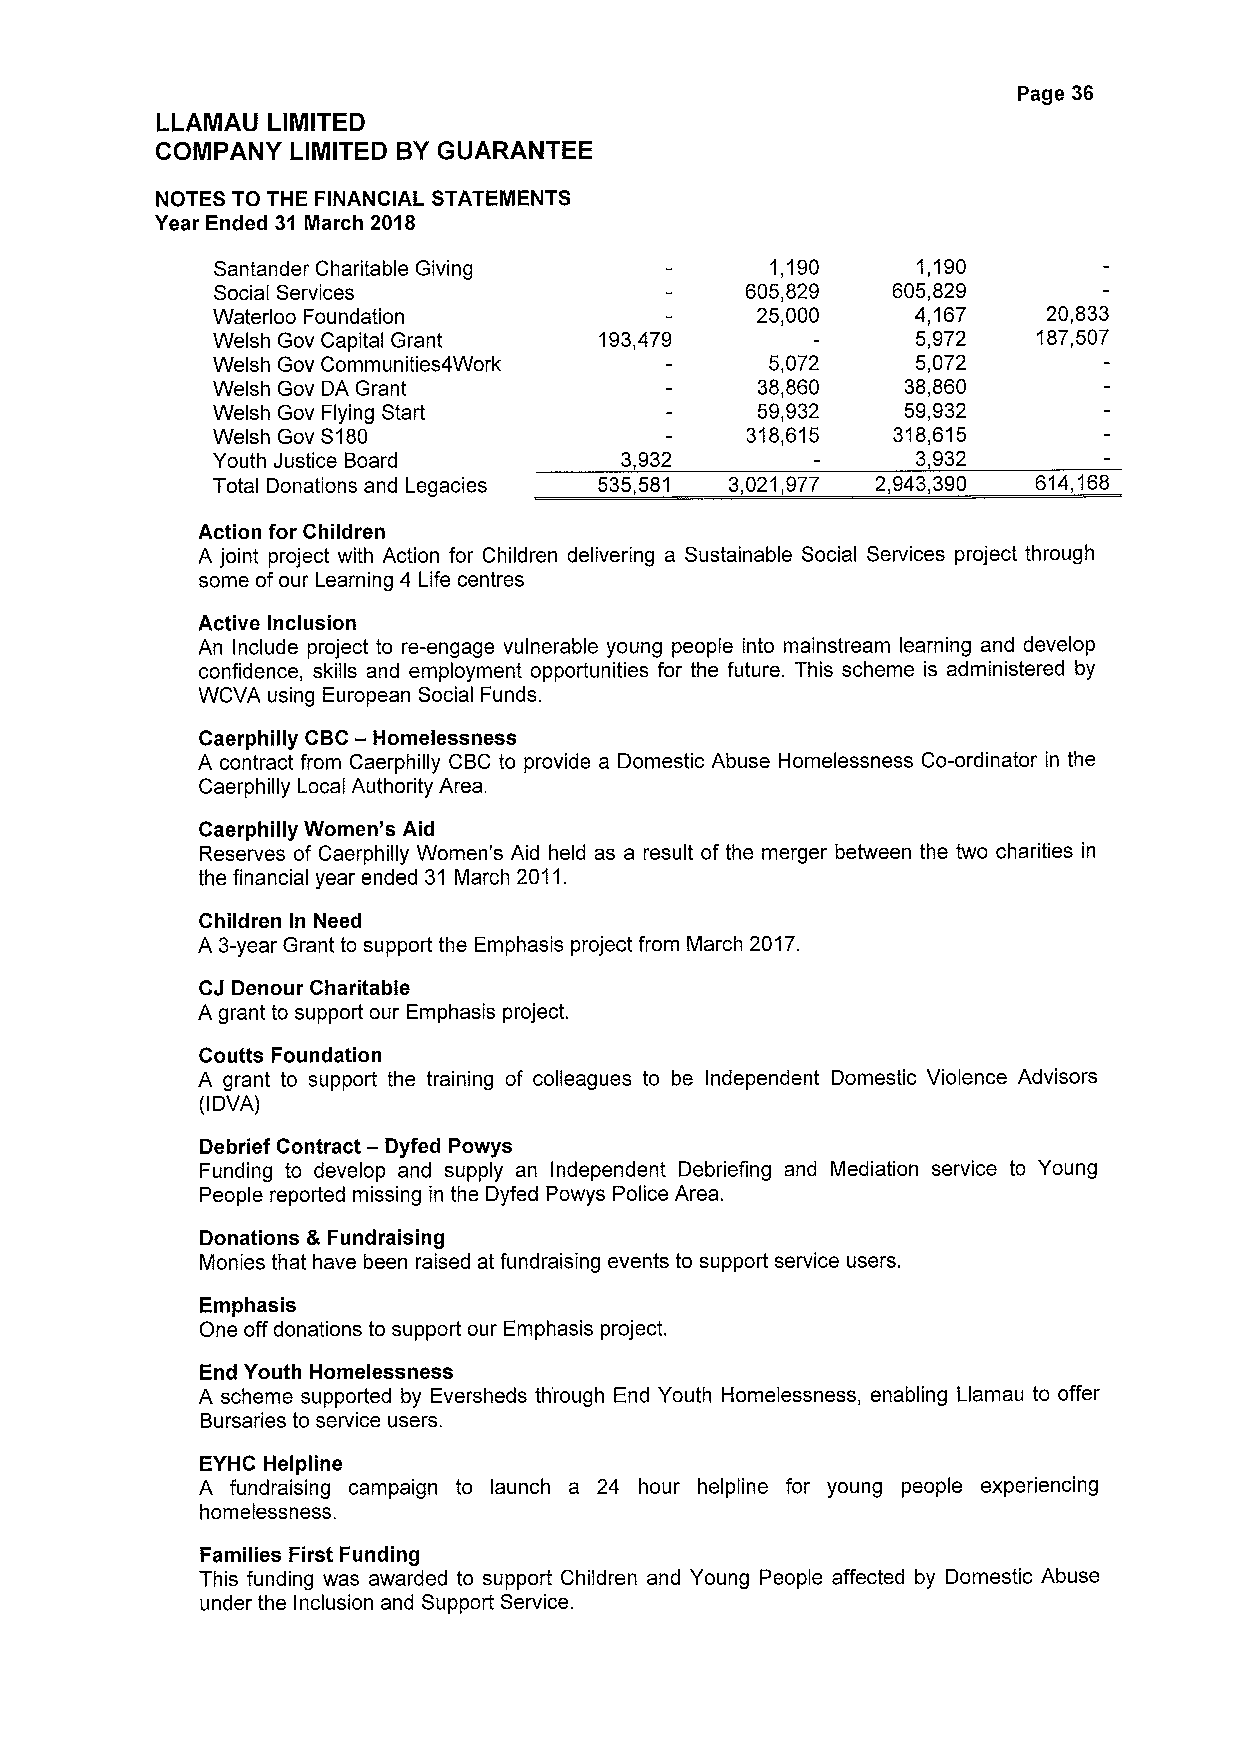
Page 36
 LLAMAU  LIMITED
 COMPANY  LIMITED BYGUARANTEE
 NOTES TO THE FINANCIAL STATEMENTS
 Year Ended 31 March 2018
 Santander Charitable Giving          1,190     1,190
 Social Services                    605,829   605,829
 Waterloo Foundation                 25,000     4,167   20,833
 Welsh Gov Capital Grant   193,479              5,972   187,507
 Welsh Gov Communities4Work           5,072     5,072
 Welsh Gov DA Grant                  38,860    38,860
 Welsh Gov Flying Start              59,932    59,932
 Welsh Gov S180                     318,615   318,615
 Youth Justice Board        3,932               3,932
 Total Donations and Legacies 535,581 3,021,977 2,943,390 614,168
 Action for Children
 A joint project with Action for Children delivering a Sustainable Social Services project through
 some ofour Learning 4 Life centres
 Active Inclusion
 An Include project to re-engage vulnerable young people into mainstream learning and develop
 confidence, skills and employment opportunities for the future. This scheme is administered by
 WCVA using European Social Funds.
 Caerphilly
 CBC—Homelessness
 A contract from Caerphilly CBC to provide a Domestic Abuse Homelessness Co-ordinator in the
 Caerphilly Local Authority Area.
 Caerphilly Women's Aid
 Reserves of Caerphilly Women's Aid held as a result of the merger between the two charities in
 the financial year ended 31 March 2011.
 Children In Need
 A 3-year Grant to support the Emphasis project from March 2017.
 CJ Denour Charitable
 A grant to support our Emphasis project.
 Coutts Foundation
 A grant to support the training of colleagues to be Independent Domestic Violence Advisors
 (IDVA)
 Debrief Contract — Dyfed Powys
 Funding to develop and supply an Independent Debriefing and Mediation service to Young
 People reported missing in the Dyfed Powys Police Area.
 Donations &Fundraising
 Monies that have been raised at fundraising events to support service users.
 Emphasis
 One off donations to support our Emphasis project.
 End Youth Homelessness
 A scheme supported by Eversheds through End Youth Homelessness, enabling Llamau to offer
 Bursaries to service users.
 EYHC Helpline
 A fundraising campaign to launch a 24 hour helpline for young people experiencing
 homelessness.
 Families First Funding
 This funding was awarded to support Children and Young People affected by Domestic Abuse
 under the Inclusion and Support Service.